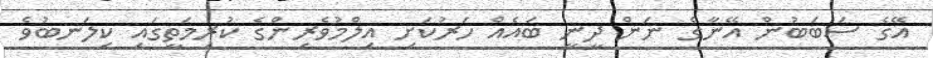
އޭގެ ސަބަބުން އޭނާގެ ނަން ދީނީ ބައެއް ހަރުކަށި އިލްމުވެރިންގެ ކުރިމަތީގައި ކިލަނބުވެ